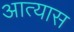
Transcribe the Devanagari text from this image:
आत्यास